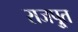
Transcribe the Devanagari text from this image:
राजपूुत